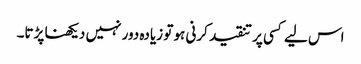
اس لیے کسی پر تنقید کرنی ہو تو زیادہ دور نہیں دیکھنا پڑتا۔